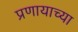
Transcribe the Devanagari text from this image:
प्रणायाच्या